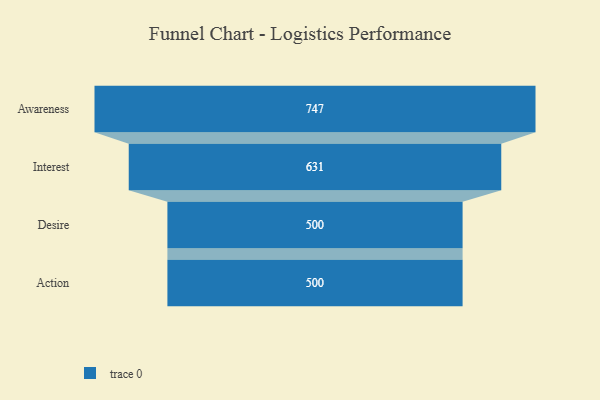
{"axis": {"x": "Stage", "y": "Value"}, "legend": [""], "data": [{"x": "Awareness", "y": 747.0, "type": ""}, {"x": "Interest", "y": 631.0, "type": ""}, {"x": "Desire", "y": 500, "type": ""}, {"x": "Action", "y": 500, "type": ""}]}